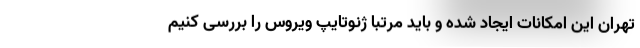
تهران این امکانات ایجاد شده و باید مرتبا ژنوتایپ ویروس را بررسی کنیم